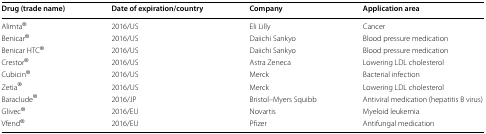
| Drug (trade name) | Date of expiration/country | Company | Application area |
 | --- | --- | --- | --- |
 | Alimta® | 2016/US | Eli Lilly | Cancer |
 | Benicar® | 2016/US | Daiichi Sankyo | Blood pressure medication |
 | Benicar HTC® | 2016/US | Daiichi Sankyo | Blood pressure medication |
 | Crestor® | 2016/US | Astra Zeneca | Lowering LDL cholesterol |
 | Cubicin® | 2016/US | Merck | Bacterial infection |
 | Zetia® | 2016/US | Merck | Lowering LDL cholesterol |
 | Baraclude® | 2016/JP | Bristol–Myers Squibb | Antiviral medication (hepatitis B virus) |
 | Glivec® | 2016/EU | Novartis | Myeloid leukemia |
 | Vfend® | 2016/EU | Pfizer | Antifungal medication |